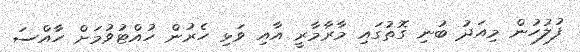
ފުލުހުން މިއަދު ބުނި ގޮތުގައި މާރާމާރީ އާއި ވަޅި ހެރުން ހުއްޓުވުމަށް ހާއްސަ